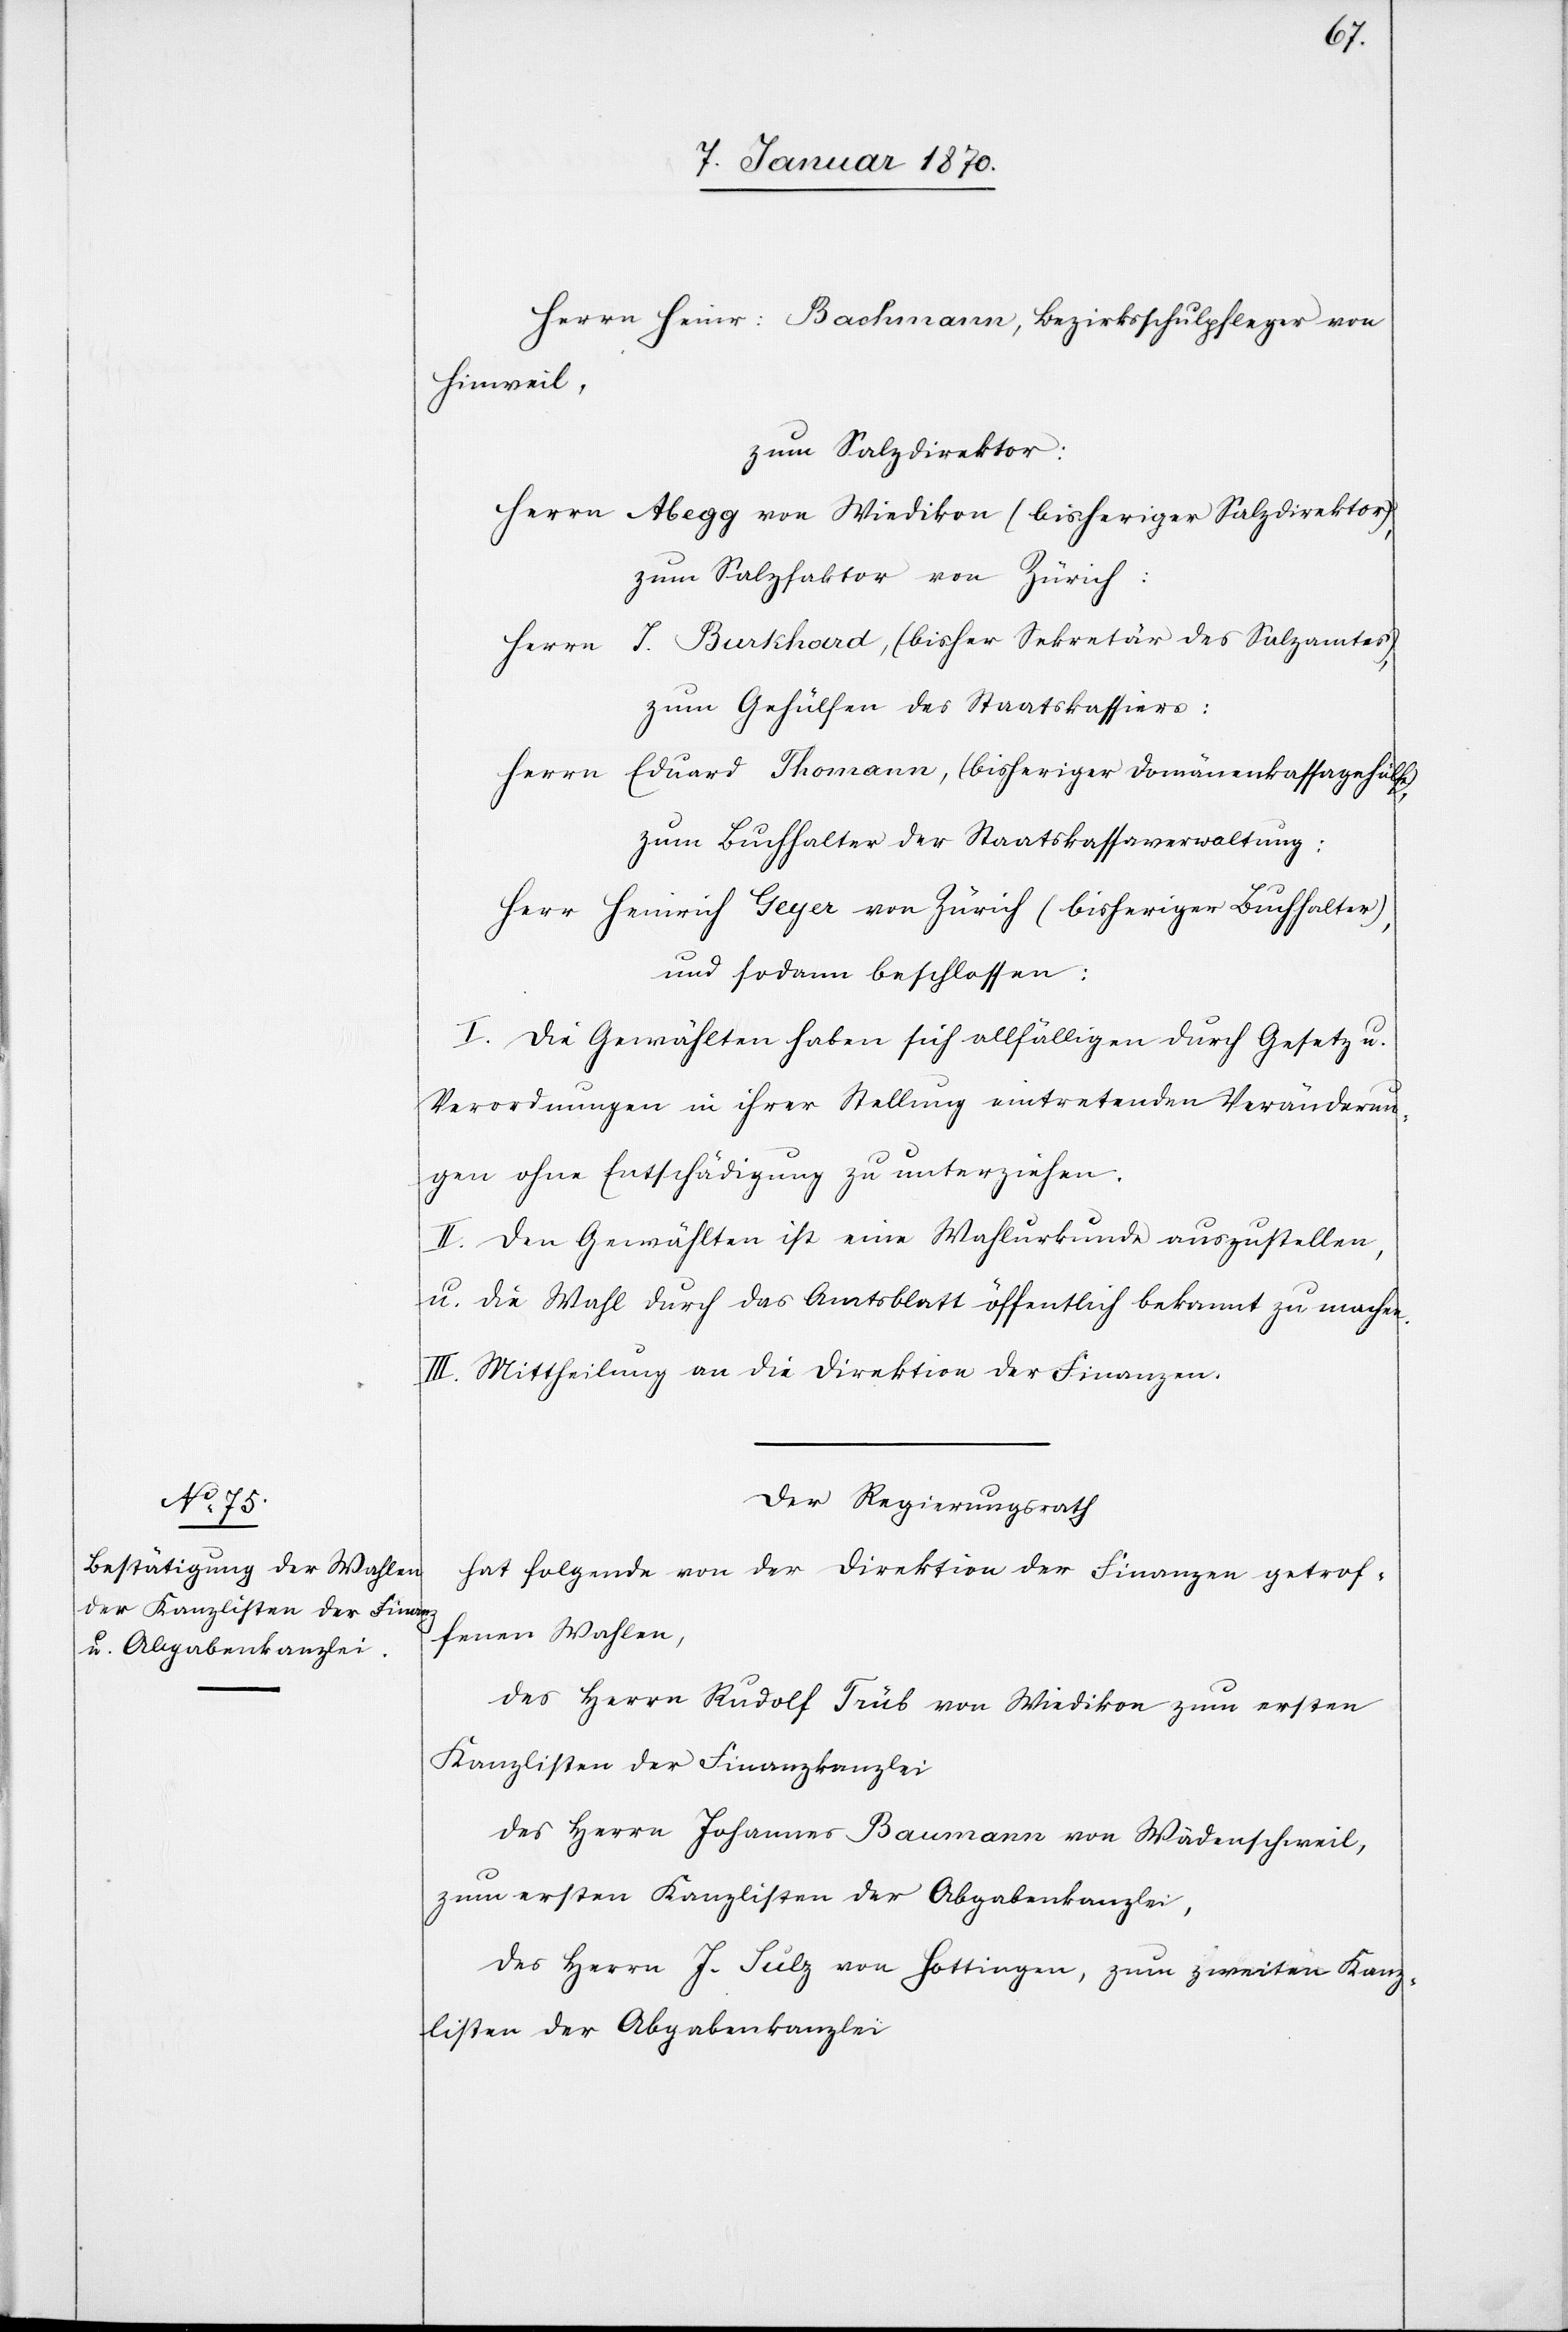
Herrn Heinr: Bachmann, Bezirksschulpfleger von
Hinweil,
zum Salzdirektor:
Herrn Abegg von Wiedikon (bisheriger Salzdirektor),
zum Salzfaktor von Zürich:
Herrn J. Burkhard, (bisher Sekretär des Salzamtes),
zum Gehülfen des Staatskassiers:
Herrn Eduard Thomann, (bisheriger Domänenkassagehülfe),
zum Buchhalter der Staatskassaverwaltung:
Herrn Heinrich Geyer von Zürich (bisheriger Buchhalter),
und sodann beschlossen:
I. Die Gewählten haben sich allfälligen durch Gesetz u.
Verordnungen in ihrer Stellung eintretenden Veränderun¬
gen ohne Entschädigung zu unterziehen.
II. Den Gewählten ist eine Wahlurkunde auszustellen,
u. die Wahl durch das Amtsblatt öffentlich bekannt zu machen.
III. Mittheilung an die Direktion der Finanzen.
Der Regierungsrath
hat folgende von der Direktion der Finanzen getrof¬
fenen Wahlen,
des Herrn Rudolf Trüb von Wiedikon zum ersten
Kanzlisten der Finanzkanzlei
des Herrn Johannes Baumann von Wädenschweil,
zum ersten Kanzlisten der Abgabekanzlei,
des Herrn J. Sulz von Hottingen, zum zweiten Kanz¬
listen der Abgabekanzlei